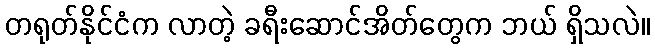
တရုတ်နိုင်ငံက လာတဲ့ ခရီးဆောင်အိတ်တွေက ဘယ် ရှိသလဲ။